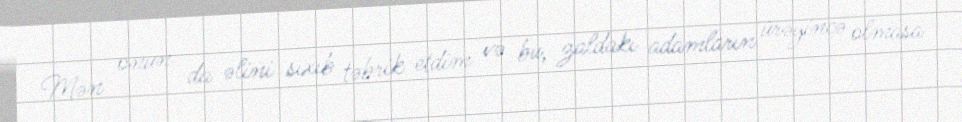
Mən onun da əlini sıxıb təbrik etdim və bu, zaldakı adamların ürəyincə olmasa